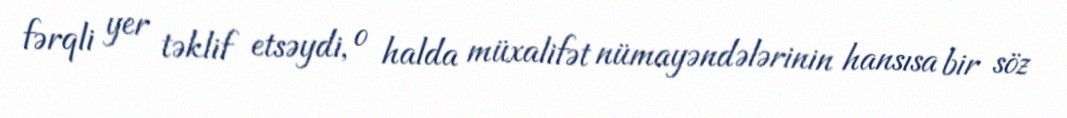
fərqli yer təklif etsəydi, o halda müxalifət nümayəndələrinin hansısa bir söz